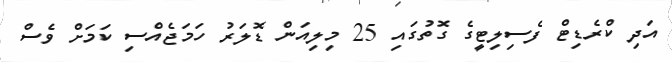
އަދި ކްރެޑިޓް ފެސިލިޓީގެ ގޮތުގައި 25 މިލިއަން ޑޮލަރު ހަމަޖެއްސި ކަމަށް ވެސް